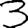
Digit: 3